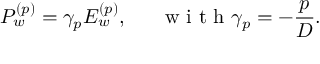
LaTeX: P _ { w } ^ { ( p ) } = \gamma _ { p } E _ { w } ^ { ( p ) } , \textrm { \, \, \, w i t h } \gamma _ { p } = - \frac { p } { D } .